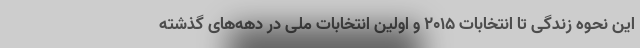
این نحوه زندگی تا انتخابات 2015 و اولین انتخابات ملی در دهه‌های گذشته